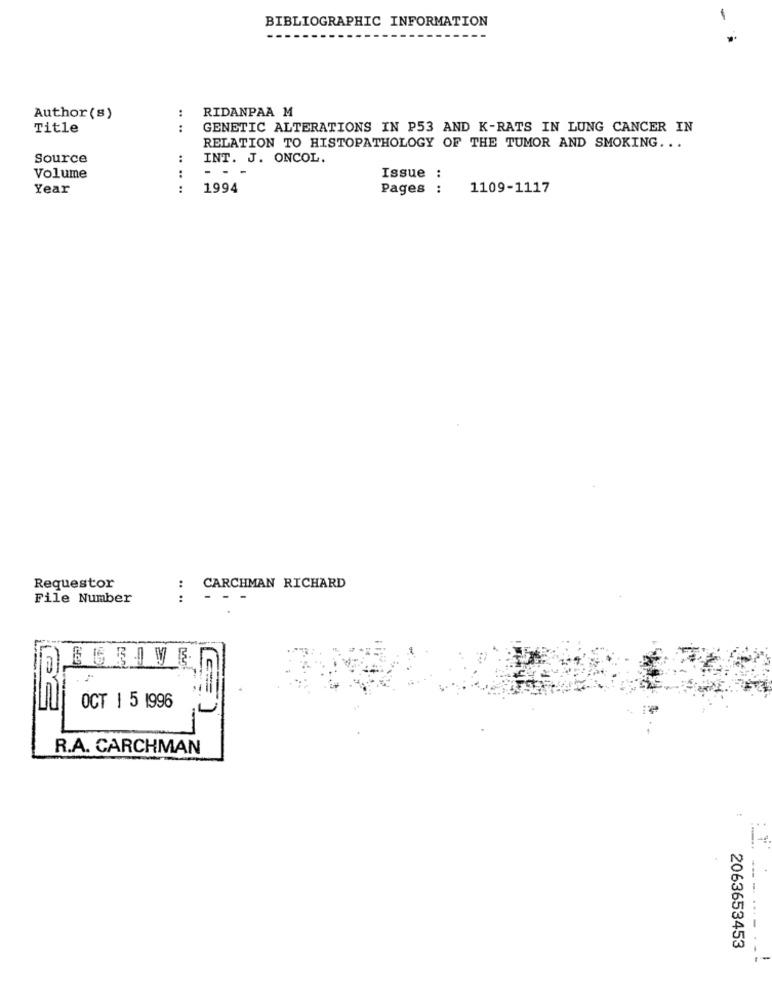
BIBLIOGRAPHIC INFORMATION
-
:
RIDANPAA M
Author (s)
Title
..
GENETIC ALTERATIONS IN P53 AND K-RATS IN LUNG CANCER IN
RELATION TO HISTOPATHOLOGY OF THE TUMOR AND SMOKING. ..
Source
:
INT. J. ONCOL.
:
-
Volume
Issue :
Year
:
1994
Pages :
. ..
1109-1117
Requestor
:
CARCHMAN RICHARD
File Number
:
-
OCT | 5 1996
R.A. CARCHMAN
..
- -
--
2063653453